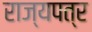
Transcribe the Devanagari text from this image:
राज्यपत्र